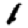
Digit: 1